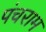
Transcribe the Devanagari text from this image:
पंचराम